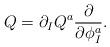
LaTeX: \begin{gather*}Q=\partial_I Q^a\frac{\partial}{\partial \phi_I^a} .\end{gather*}